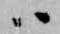
ハ